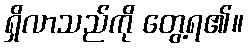
ရှိလာသည်ကို တွေ့ရ၏။